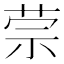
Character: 𰱈